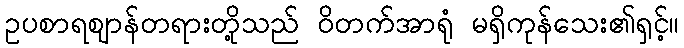
ဥပစာရဈာန်တရားတို့သည် ဝိတက်အာရုံ မရှိကုန်သေး၏ရှင့်။